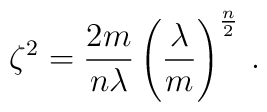
\zeta^2 =\frac{ 2m}{ n \lambda }\left ( \frac{ \lambda }{ m } \right )^{\frac{n}{2}} \, .